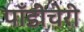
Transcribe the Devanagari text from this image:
पाँडीचेरी